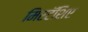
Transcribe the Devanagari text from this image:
मिरटॅशिए